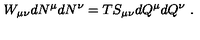
W _ { \mu \nu } d N ^ { \mu } d N ^ { \nu } = T S _ { \mu \nu } d Q ^ { \mu } d Q ^ { \nu } \ .